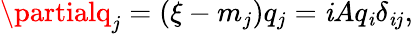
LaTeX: \partialq_{j}=(\xi-m_{j})q_{j}=\mathit{i}Aq_{\mathit{i}}\delta_{\mathit{i}j},